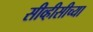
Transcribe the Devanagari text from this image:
सीव्हीसीच्या